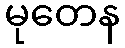
မုတေန